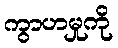
ကွာဟမှုကို